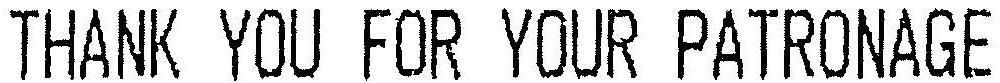
THANK YPU FOR YOUR PATRONAGE